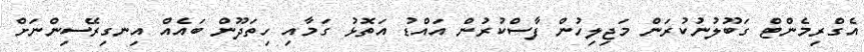
އެގްރިމެންޓް ގަބޫލުނުކުރަން މަޖިލިހުން ފާސްކުރުން އައްޑު އަތޮޅު ގަމާއި ހިތަދޫން ބައެއް އިނގިރޭސިންނަށް